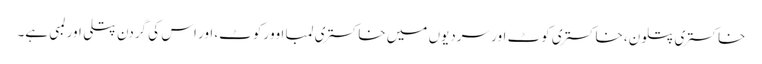
خاکستری پتلون، خاکستری کوٹ اور سردیوں میں خاکستری لمبا اوورکوٹ، اور اس کی گردن پتلی اور لمبی ہے۔